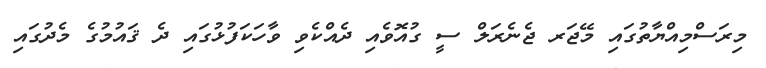
މިރަސްމިއްޔާތުގައި މޭޖަރ ޖެނެރަލް ސީ ގުއޮވެއި ދެއްކެވި ވާހަކަފުޅުގައި ދެ ޤައުމުގެ މެދުގައި